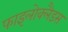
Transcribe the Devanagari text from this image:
फाइलोक्लैडस